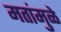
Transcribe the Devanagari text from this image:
मतांमुळे